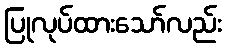
ပြုလုပ်ထားသော်လည်း